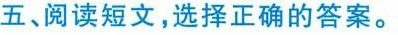
五、阅读短文,选择正确的答案.。